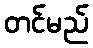
တင်မည်